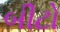
બીટો